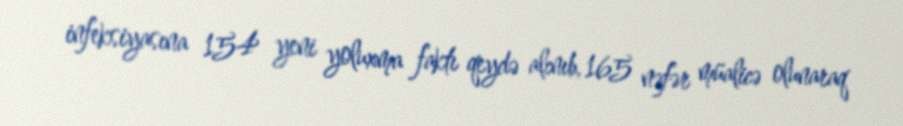
infeksiyasına 154 yeni yoluxma faktı qeydə alınıb, 165 nəfər müalicə olunaraq